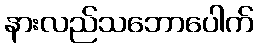
နားလည်သဘောပေါက်